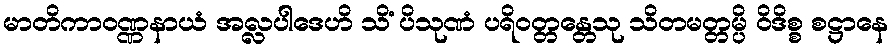
မာတိကာဝဏ္ဏနာယံ အလ္လပါဒေဟိ သိံ ပိသုဏံ ပရိဝတ္တန္တေသု သိတမတ္တမ္ပိ ဝိဒိစ္စ စဋ္ဌာနေ